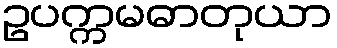
ဥပက္ကမဓာတုယာ